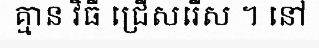
គ្មាន វិធី ជ្រើសរើស ។ នៅ